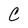
Character: C